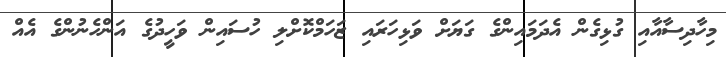
މިހާދިސާއާއި ގުޅިގެން އެދަމައިންގެ ގަޔަށް ވަޅިހަރައި ޒަހަމްކޮށްލި ހުސައިން ވަހީދުގެ އަންހެނުންގެ އެއް